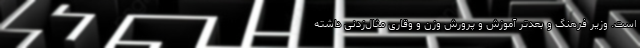
است. وزیر فرهنگ و بعدتر آموزش و پرورش وزن و وقاری مثال‌زدنی داشته